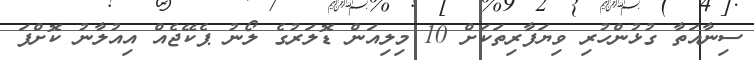
ސިނާއަތާ ގުޅުންހުރި ވިޔަފާރިތަކަށް 10 މިލިއަން ޑޮލަރުގެ ލޯނު ޕެކޭޖެއް އިއުލާނު ކޮށްފަ